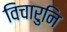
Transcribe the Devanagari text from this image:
विचारुनि